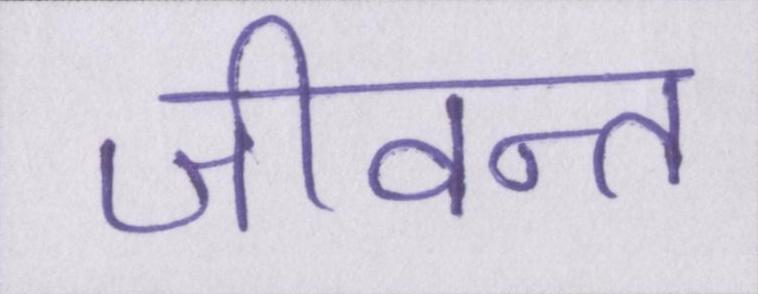
जीवन्त